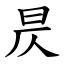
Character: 昃